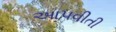
આપવીતી